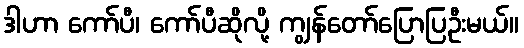
ဒါဟာ ကော်ပီ၊ ကော်ပီဆိုလို့ ကျွန်တော်ပြောပြဦးမယ်။